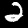
Digit: 2